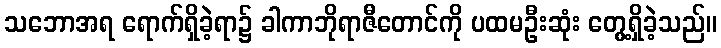
သဘောအရ ရောက်ရှိခဲ့ရာ၌ ခါကာဘိုရာဇီတောင်ကို ပထမဦးဆုံး တွေ့ရှိခဲ့သည်။